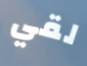
لقي